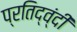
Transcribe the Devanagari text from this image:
प्रतिद्व्ंदी